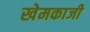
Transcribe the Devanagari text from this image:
खेमकाजी